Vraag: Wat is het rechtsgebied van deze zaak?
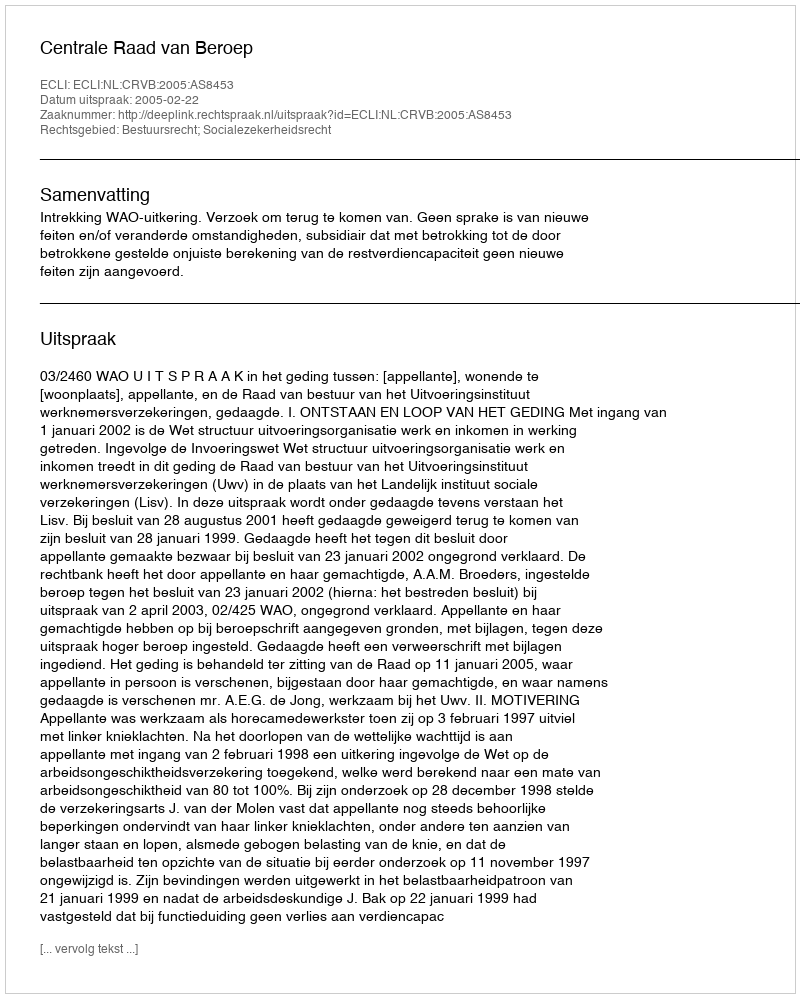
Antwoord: Bestuursrecht; Socialezekerheidsrecht